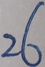
2 6